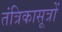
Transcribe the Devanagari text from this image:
तंत्रिकासूत्रों